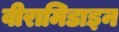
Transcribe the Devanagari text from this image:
वीरामिडाइन